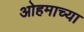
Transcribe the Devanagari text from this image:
ओहमाच्या